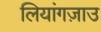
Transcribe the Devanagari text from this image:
लियांगज़ाउ